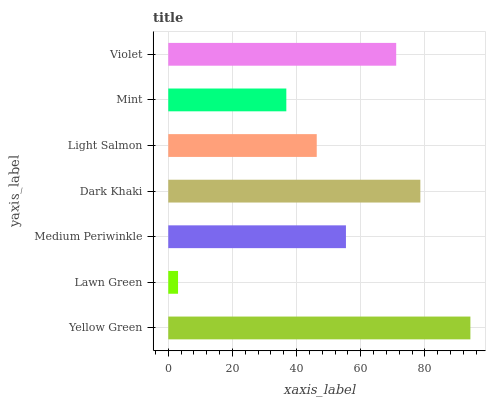
| yaxis_label | bars |
 | --- | --- |
 | Yellow Green | 94.2 |
 | Lawn Green | 3.05 |
 | Medium Periwinkle | 55.4 |
 | Dark Khaki | 78.6 |
 | Light Salmon | 46.3 |
 | Mint | 36.8 |
 | Violet | 71.1 |